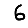
Digit: 6